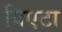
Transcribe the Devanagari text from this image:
विएटा